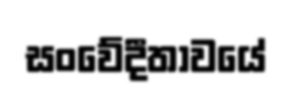
සංවේදීතාවයේ